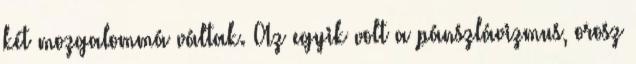
két mozgalommá váltak. Az egyik volt a pánszlávizmus, orosz